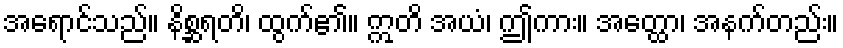
အရောင်သည်။ နိစ္ဆရတိ၊ ထွက်၏။ ဣတိ အယံ၊ ဤကား။ အတ္ထော၊ အနက်တည်း။